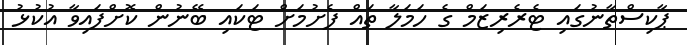
ޕާކިސްތާނުގައި ޓެރެރިޒަމް ގެ ހަމަލާ ތައް ފެށުމަށް ޓަކައި ބޭނުން ކޮށްފައިވާ އުކުޅު